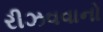
રીઝવવાનો